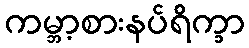
ကမ္ဘာ့စားနပ်ရိက္ခာ